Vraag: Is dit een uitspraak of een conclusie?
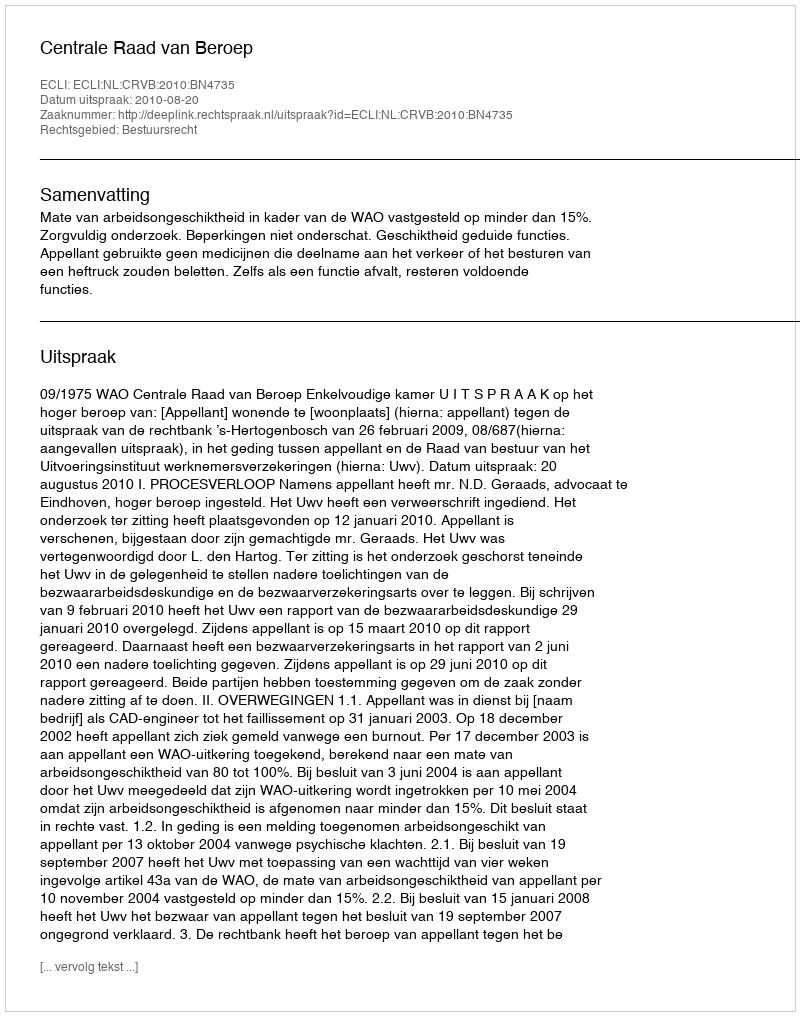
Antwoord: Uitspraak